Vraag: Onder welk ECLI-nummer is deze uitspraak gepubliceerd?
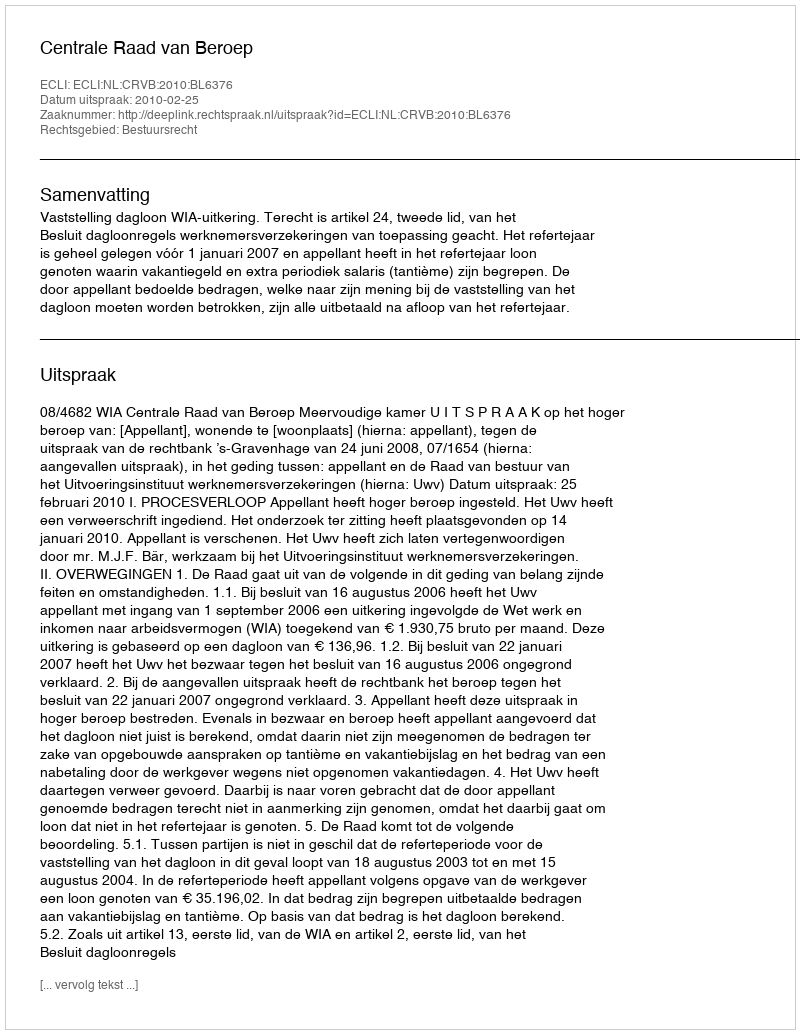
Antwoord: ECLI:NL:CRVB:2010:BL6376